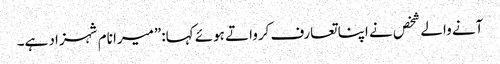
آنے والے شخص نے اپنا تعارف کرواتے ہوئے کہا:”میرا نام شہزاد ہے۔